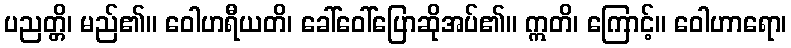
ပညတ္တိ၊ မည်၏။ ဝေါဟရီယတိ၊ ခေါ်ဝေါ်ပြောဆိုအပ်၏။ ဣတိ၊ ကြောင့်။ ဝေါဟာရော၊